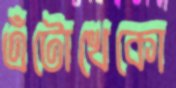
এঁটোখেকো